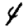
Digit: 4